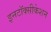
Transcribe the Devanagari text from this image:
इनटॉक्सीकेशन